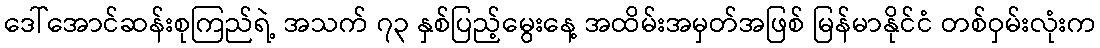
ဒေါ်အောင်ဆန်းစုကြည်ရဲ့ အသက် ၇၃ နှစ်ပြည့်မွေးနေ့ အထိမ်းအမှတ်အဖြစ် မြန်မာနိုင်ငံ တစ်ဝှမ်းလုံးက